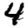
Digit: 4